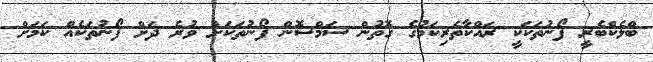
ބްލެކްބެރީ ފޯނުތަކަކީ ރައްކާތެރިކަމުގެ ގޮތުން ސަމްސޮން ފޯނުތަކަށް ވުރެ ދަށް ފޯނުތަކެއް ކަމަށް